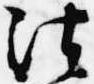
法